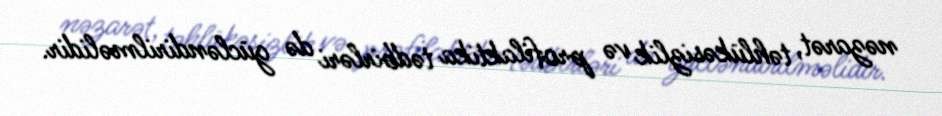
nəzarət, təhlükəsizlik və profilaktika tədbirləri də gücləndirilməlidir.